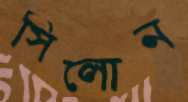
সিলোন